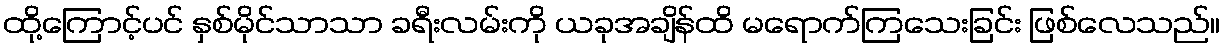
ထို့ကြောင့်ပင် နှစ်မိုင်သာသာ ခရီးလမ်းကို ယခုအချိန်ထိ မရောက်ကြသေးခြင်း ဖြစ်လေသည်။